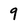
Character: 9